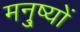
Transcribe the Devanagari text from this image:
मनु्ष्यों